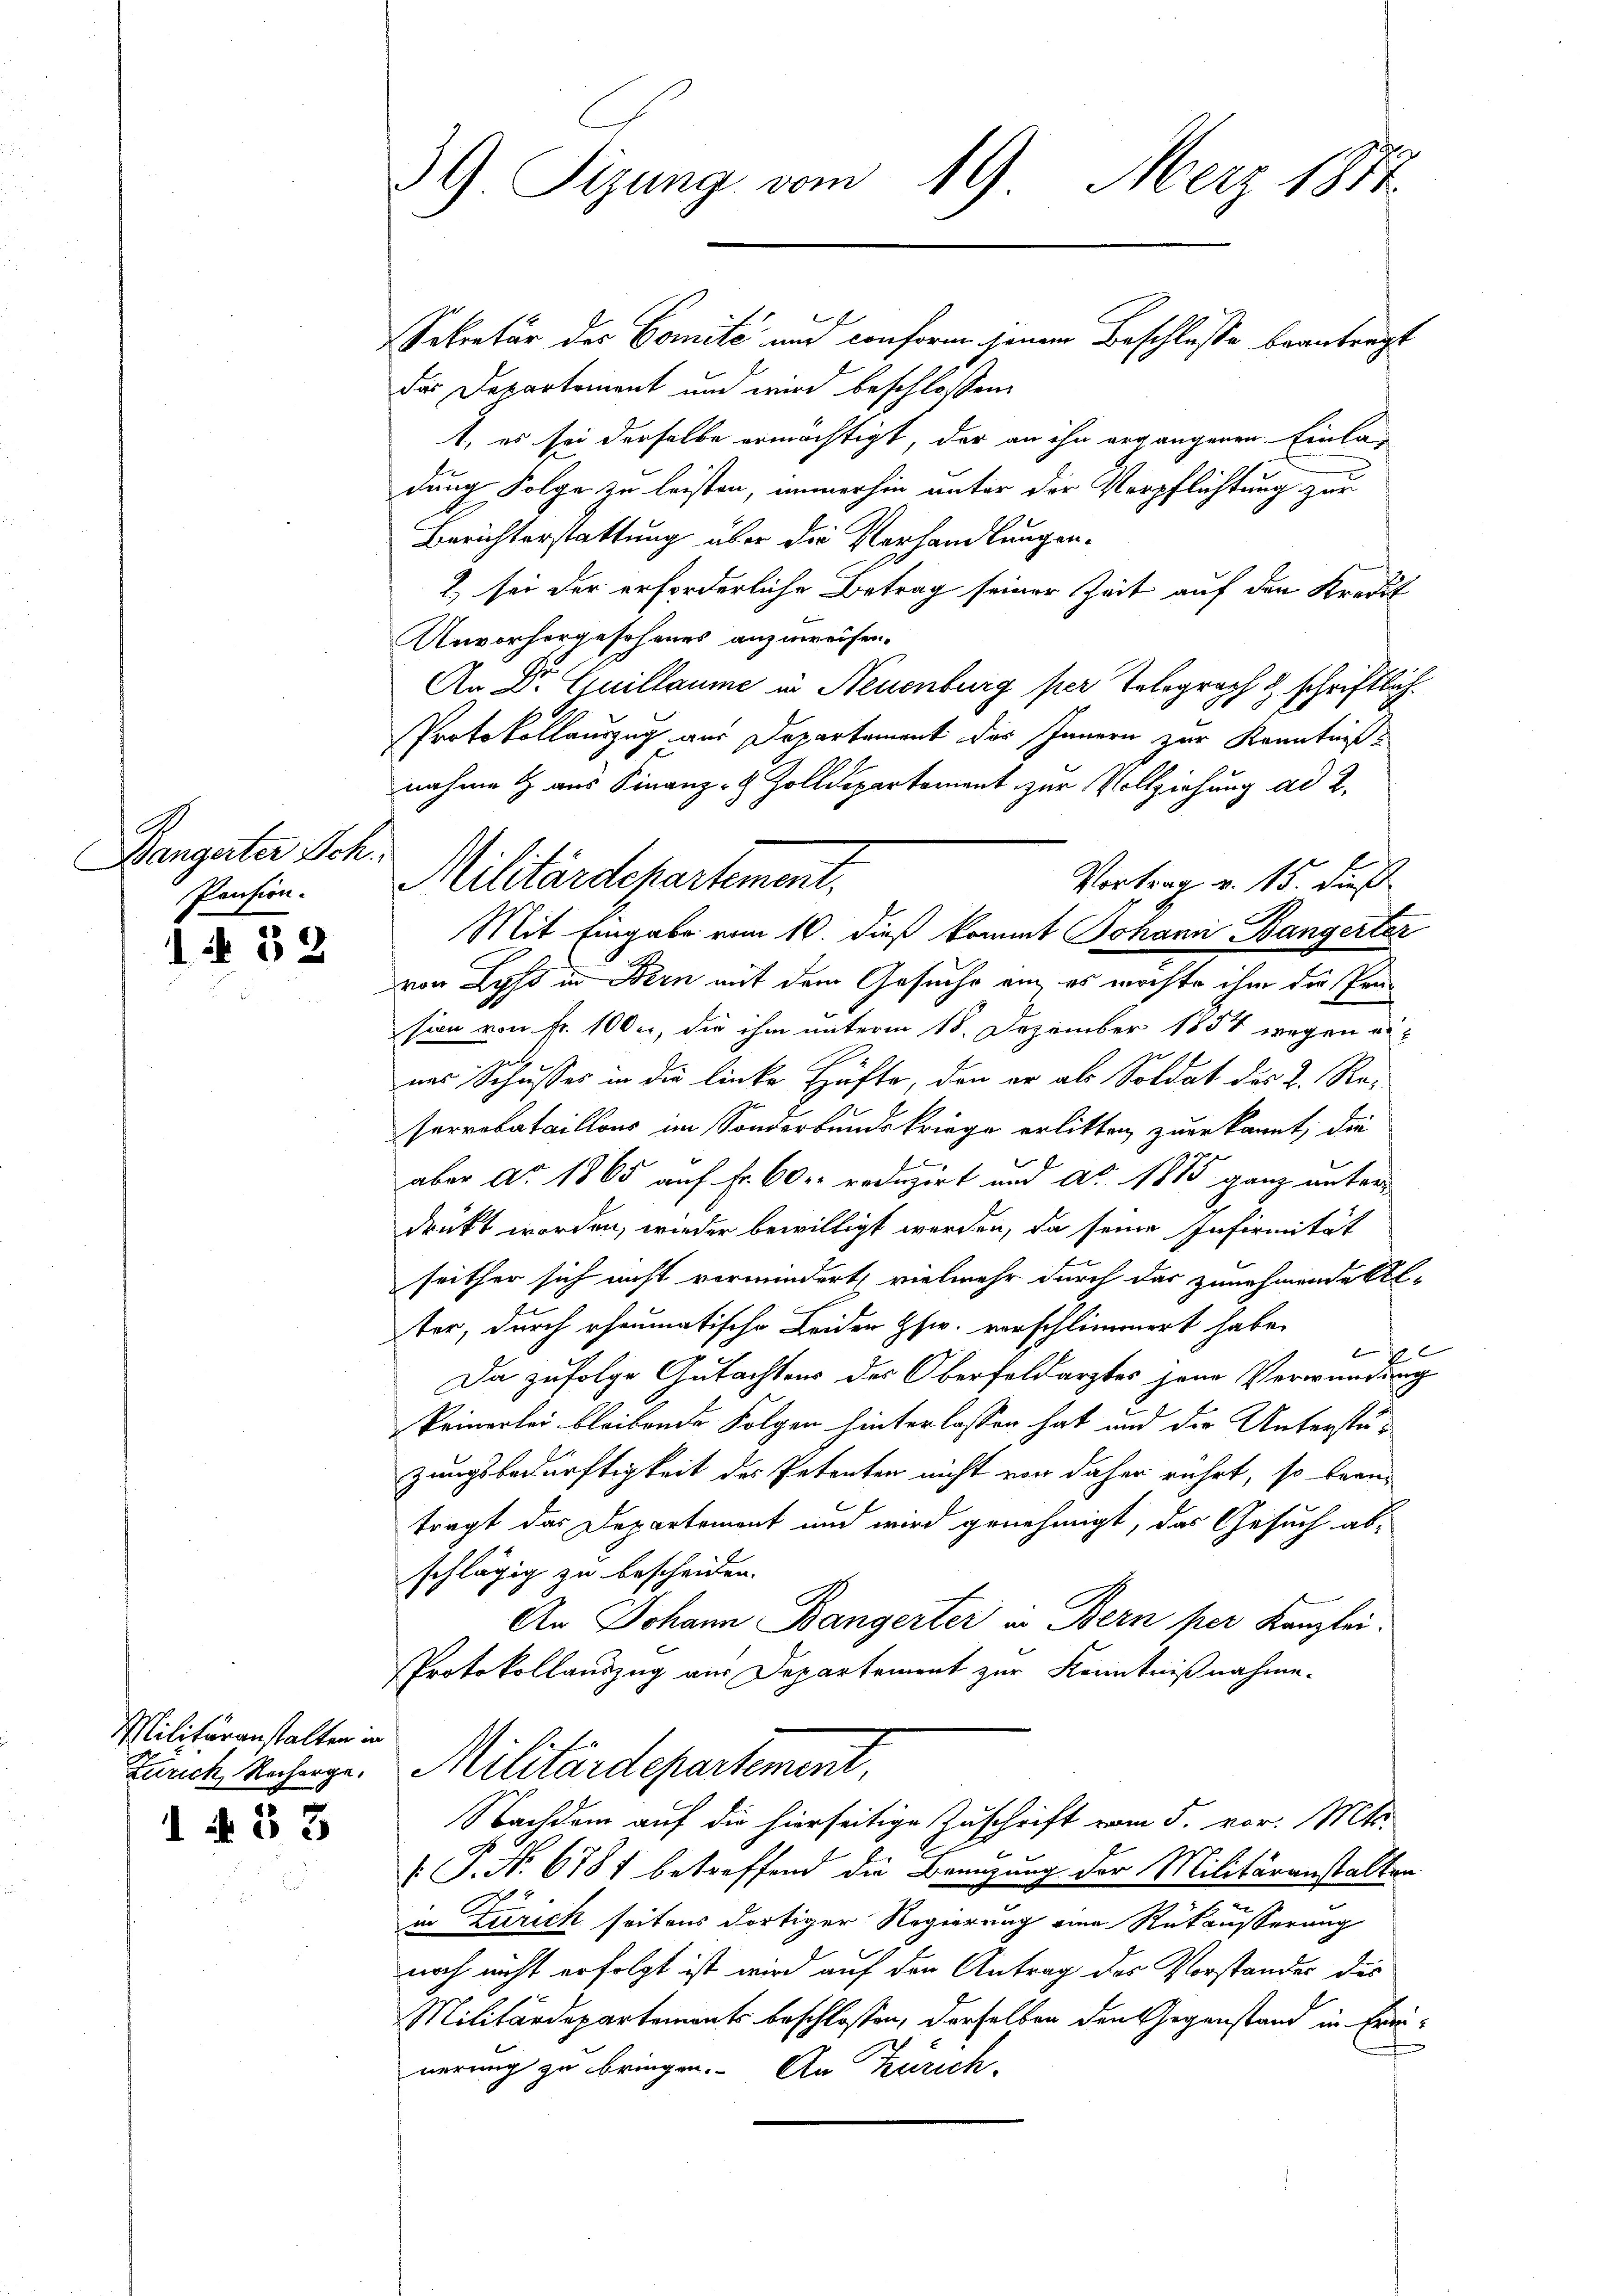
Bängerter Sch
Pension.

1 § 32

Militäranstalten in
Zürich, Recharge.
d N. 53

39 Sizung vom 19. März 1814.
Sekretär des Comité und conform jenem Beschlusse beantragt

Militärdepartement.

das Departement und wird beschlossen
1. es sei derselbe ermächtigt, der an ihn ergangenen Einladung Folge zu leisten, immerhin unter der Verpflichtung zur
Berichterstattung über die Verhandlungen.
2) sei der erforderliche Betrag seiner Zeit auf den Kredit
Unvorhergesehenes anzuweisen.
An Dr. Quillaume in Neuenburg per Telegrach & schriftlich.
h
Protokollauszug aus Departement des Innern zur Kenntniß
nahme aus Finanz- & Zolldepartement zur Vollziehung ad 2.
Vortrag v. 15. dieß
Mit Eingabe vom 16. dieß kommt Johann Bangerter
von Lyss in Bern mit dem Gesuche ein, es möchte ihm die Prasion von Fr. 100 er, die ihm unterm 18. Dezember 1857 wegen ernas Schusses in die linke Hüfte, den er als Soldat des L. Reserrebataillons im Sonderbundeskriege erlitten zuerkannt, die
f
aber Ao 1865 auf Fr. 60 r. reduzirt und No. 1815 ganz unterdruckt worden, wieder bewilligt werden, da seine Infirmität
seither sich nicht vermindert, vielmehr durch das zunehmende Al-
ter, durch rheumatische Leider Hw. vorschlimmert habe.
b
E
Da zufolge Gutachtens des Oberfeldarztes jene Verwendung
keinerlei bleibende Folgen hinterlassen hat und die Unterstüzungsbedürftigkeit des Petenten nicht von daher rührt, so bean-
tragt das Departement und wird genehmigt, das Gesuch abschlägig zu bescheiden.
An Johann Bangerter in Bern per Kanzlei.
Protokollauszug aus Departement zur Kenntnißnahme.
Militärdepartement,
Nachdem auf die hierseitige Zuschrift vom 5. vor. Mts.
.
 P. No 6787 betreffend die Branzung der Militäranstalten
in Zürich seitens dortiger Regierung eine Rükäusserung
noch nicht erfolgt ist wird auf den Antrag des Vorstandes des
Militärdepartements beschlossen, derselben den Gegenstand in Frei
nerung zu bringen. An Zürich-